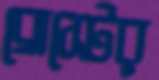
ব্রোস্টের